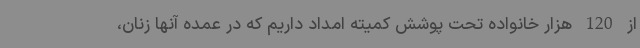
از 120 هزار خانواده تحت پوشش کمیته امداد داریم که در عمده آنها زنان،